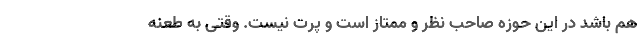
هم باشد در این حوزه صاحب نظر و ممتاز است و پرت نیست. وقتی به طعنه